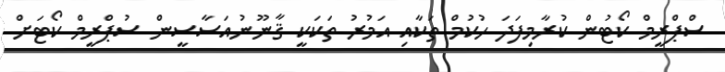
ސްޕްރީމް ކޯޓުން ކުރާމިފަދަ ހުކުމް ތަކާއި އަމުރު ތަކަކީ ޤާނޫނުއަސާސީން ސުޕްރީމް ކޯޓަށް